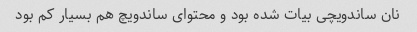
نان ساندویچی بیات شده بود و محتوای ساندویچ هم بسیار کم بود